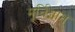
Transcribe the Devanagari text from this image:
मूर्तिज्ञान